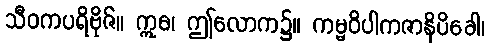
သီဝကပရိဗိုဇ်။ ဣဓ၊ ဤလောက၌။ ကမ္မဝိပါကဇာနိပိခေါ၊